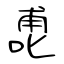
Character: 喸